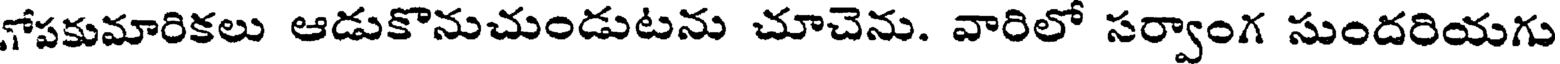
గోపకుమారికలు ఆడుకొనుచుండుటను చూచెను. వారిలో సర్వాంగ సుందరియగు